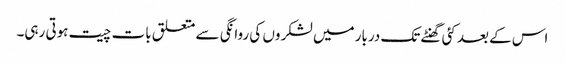
اس کے بعد کئی گھنٹے تک دربار میں لشکر وں کی روانگی سے متعلق بات چیت ہوتی رہی۔